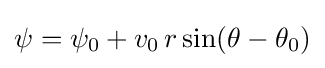
\psi =\psi _{0}+v_{0}\,r\sin(\theta -\theta _{0})